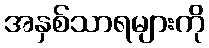
အနှစ်သာရများကို